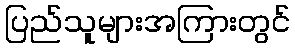
ပြည်သူများအကြားတွင်